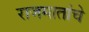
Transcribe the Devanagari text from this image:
राजमातांचे